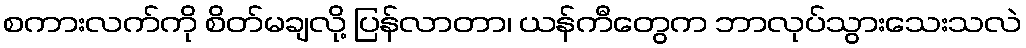
စကားလက်ကို စိတ်မချလို့ ပြန်လာတာ၊ ယန်ကီတွေက ဘာလုပ်သွားသေးသလဲ